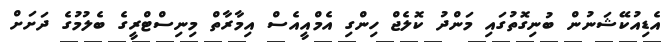
އެޑިއުކޭޝަނުން ބުނިގޮތުގައި މަންދު ކޮލެޖް ހިންގި އެމްއީއެސް އިމާރާތް މިނިސްޓްރީގެ ބެލުމުގެ ދަށަށް